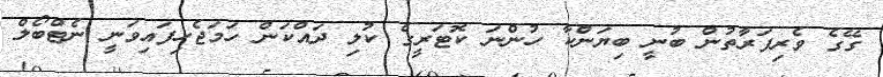
ގޭގެ ވެރިފަރާތުން ބުނީ ބިޔަންކާ ހުންނަ ކޮޓަރީގެ ކުލި ދައްކަން ހަމަޖެހިފައިވަނީ ނެޓްބޯލް